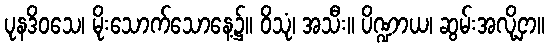
ပုနဒိဝသေ၊ မိုးသောက်သောနေ့၌။ ဝိသုံ၊ အသီး။ ပိဏ္ဍာယ၊ ဆွမ်းအလို့ငှာ။